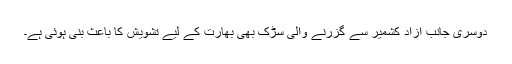
دوسری جانب آزاد کشمیر سے گزرنے والی سڑک بھی بھارت کے لیے تشویش کا باعث بنی ہوئی ہے۔